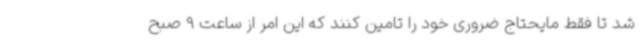
شد تا فقط مایحتاج ضروری خود را تامین کنند که این امر از ساعت 9 صبح